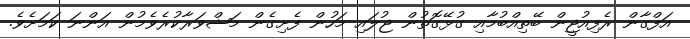
އަފްގާން ރެފިއުޖީން ބޭތިއްބުމާއި ގުޅޭގޮތުން ޖުލައި މަހުން ފެށިގެން މަޝްވަރާކުރެވެމުން އަންނަ ކަމަށެވެ.